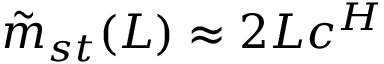
\tilde { m } _ { s t } ( L ) \approx 2 L c ^ { H }